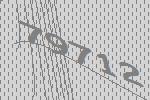
79712